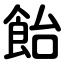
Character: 飴